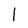
Character: 1